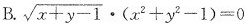
B.$$ \sqrt { x + y - 1 } \cdot